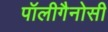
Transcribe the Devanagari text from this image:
पॉलीगैनोसी